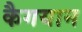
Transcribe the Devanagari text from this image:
कैगयान